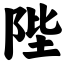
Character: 陛